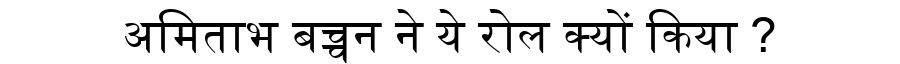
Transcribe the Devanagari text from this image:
अमिताभ बच्चन ने ये रोल क्यों किया ?